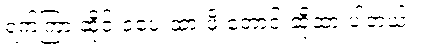
ရက်ကြာ ဆိုင်းငံ့ပေးထားဖို့ တောင်းဆိုထားပါတယ်။